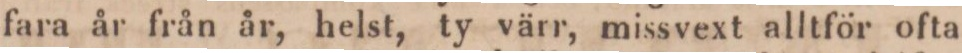
fara år från år, helst, ty värr, missvext alltför ofta